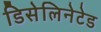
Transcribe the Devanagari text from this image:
डिसेलिनेटेड